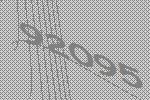
92095